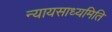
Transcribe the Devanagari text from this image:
न्यायसाध्यमिति